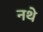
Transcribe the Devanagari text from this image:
नथे